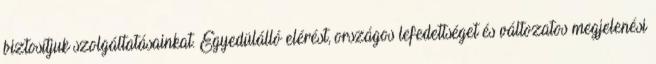
biztosítjuk szolgáltatásainkat. Egyedülálló elérést, országos lefedettséget és változatos megjelenési